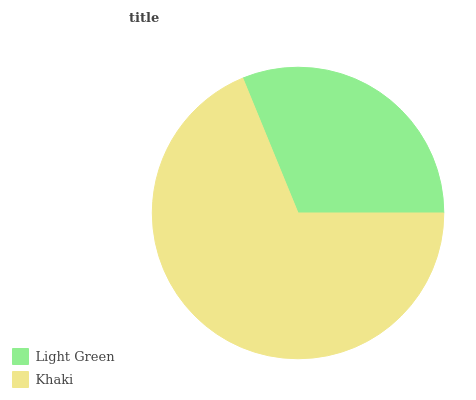
| Light Green | Khaki |
 | --- | --- |
 | 31.2% | 68.8% |